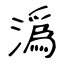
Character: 潙